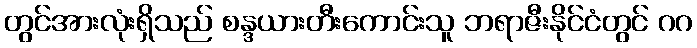
တွင်အားလုံးရှိသည် စန္ဒယားတီးကောင်းသူ ဘရာဇီးနိုင်ငံတွင် ဂဂ